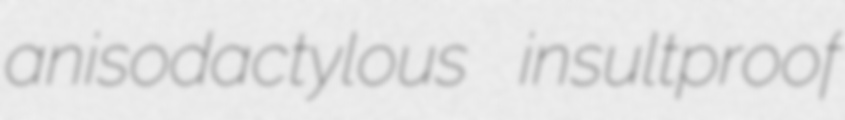
anisodactylous insultproof